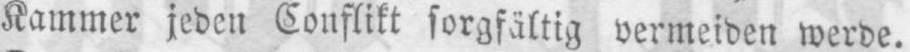
Kammer jeden Conflikt sorgfältig vermeiden werde.